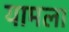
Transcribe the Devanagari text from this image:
यामला